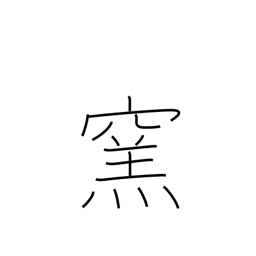
Meaning: furnace